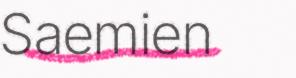
Saemien